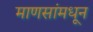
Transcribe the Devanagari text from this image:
माणसांमधून